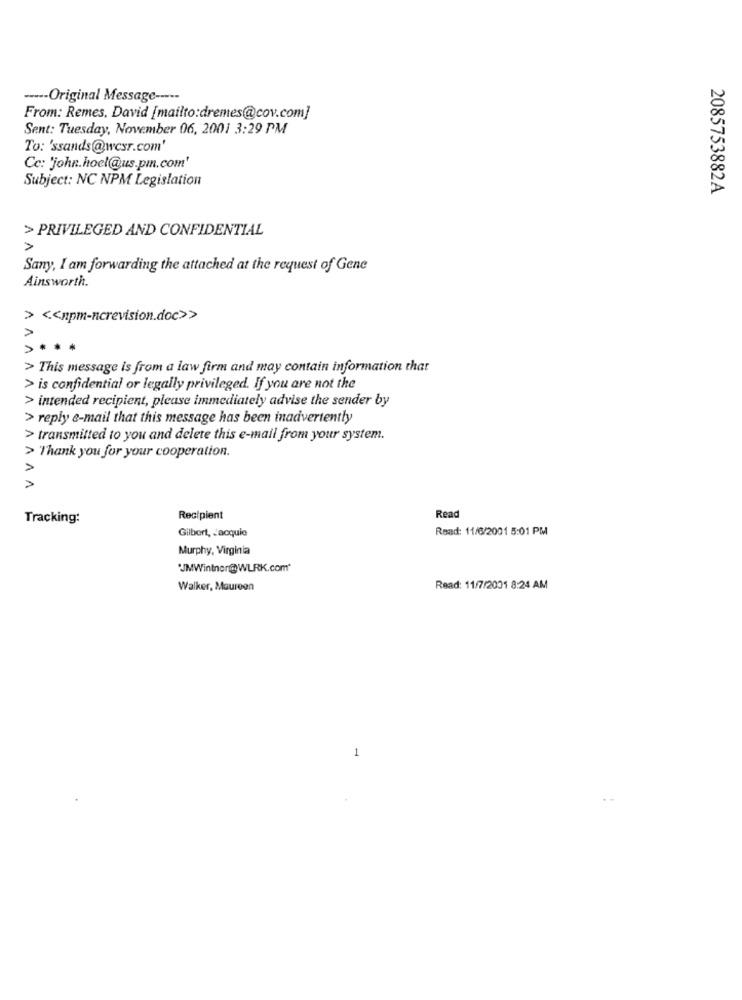
----- Original Message -----
From: Remes, David [mailto:dremes@cov.com]
Sent: Tuesday, November 06, 2001 3:29 PM
To: 'ssands@wcsr.com
Cc: 'john.hoel@us.pm.com'
Subject: NC NPM Legislation
2085753882A
> PRIVILEGED AND CONFIDENTIAL
>
Sany, I am forwarding the attached at the request of Gene
Ainsworth.
> << npm-ncrevision.doc>>
AA
> This message is from a law firm and may contain information that
> is confidential or legally privileged. If you are not the
> intended recipient, please immediately advise the sender by
> reply e-mail that this message has been inadvertently
> transmitted to you and delete this e-mail from your system.
VVV
> Thank you for your cooperation.
Tracking:
Recipient
Read
Gilbert, Jacquie
Read: 11/6/2001 5:01 PM
Murphy, Virginia
"JMWinther@WLRK.com'
Walker, Maureen
Read: 11/7/2001 8:24 AM
1